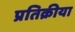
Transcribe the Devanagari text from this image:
प्रतिक्रीया